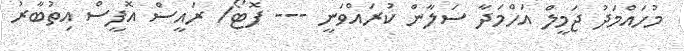
މުހައްމަދު ޖަމީލް އަހްމަދާ ސަލާން ކުރައްވަނީ --- ފޮޓޯ/ ރައީސް އޮފީސް އިތުބާރު